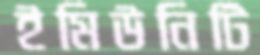
ইমিউনিটি